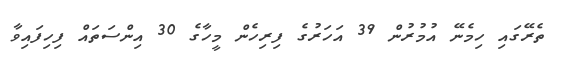
ތެރޭގައި ހިމެނޭ އުމުރުން 39 އަހަރުގެ ފިރިހެން މީހާގެ 30 އިންސަތައް ފިހިފައިވާ